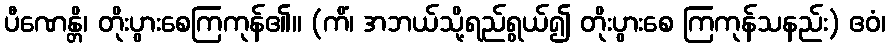
ပီဏေန္တိ၊ တိုးပွားစေကြကုန်၏။ (ကိံ၊ အဘယ်သို့ရည်ရွယ်၍ တိုးပွားစေ ကြကုန်သနည်း) ဧဝံ၊